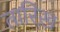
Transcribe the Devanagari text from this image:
तारिख़